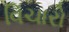
વિચારો